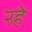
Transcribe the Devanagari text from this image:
रहेे